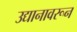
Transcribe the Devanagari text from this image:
उद्यानावरून